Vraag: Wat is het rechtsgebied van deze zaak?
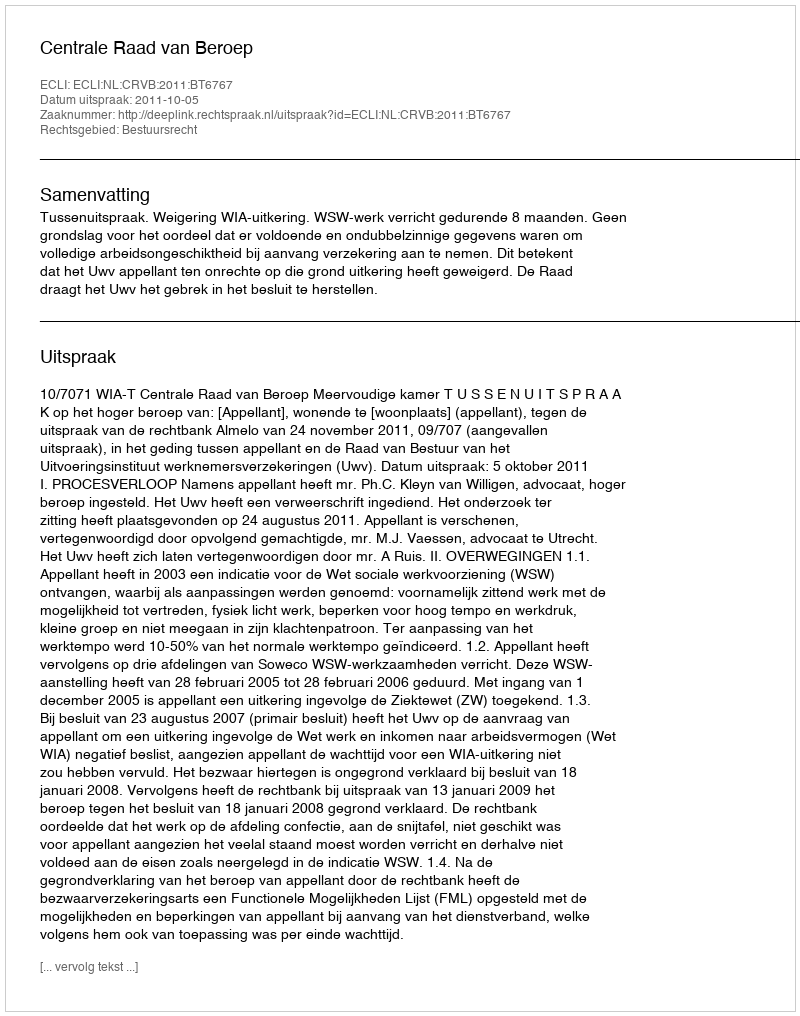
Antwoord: Bestuursrecht